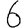
Digit: 6